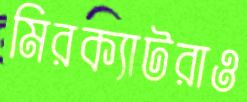
মিরক্যাটরাও